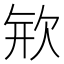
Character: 𣢴